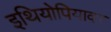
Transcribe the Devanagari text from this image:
इथियोपियावर